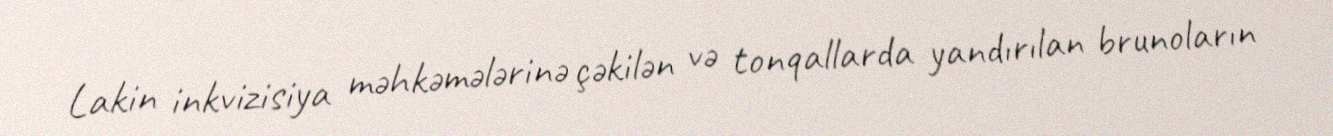
Lakin inkvizisiya məhkəmələrinə çəkilən və tonqallarda yandırılan brunoların